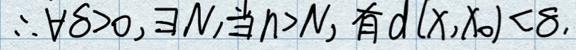
\(\therefore \forall \delta > 0, \exists N, \)当\(n > N, \)有\(d(x,x_0)<\delta\)